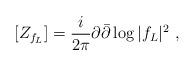
LaTeX: \begin{align*} [Z_{f_L}]=\frac {i}{2\pi}\partial\bar\partial\log |f_L|^2\ ,\end{align*}